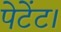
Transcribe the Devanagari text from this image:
पेटेंट।